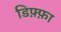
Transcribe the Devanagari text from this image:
डिफ़्फ़ा